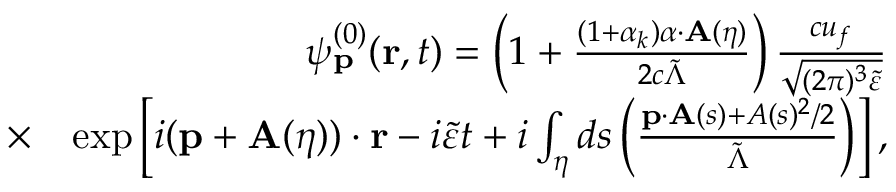
\begin{array} { r l r } & { } & { \psi _ { \mathbf { p } } ^ { ( 0 ) } ( \mathbf { r } , t ) = \left( 1 + \frac { ( 1 + \alpha _ { k } ) { \boldsymbol \alpha } \cdot \mathbf { A } ( \eta ) } { 2 c \tilde { \Lambda } } \right) \frac { c u _ { f } } { \sqrt { ( 2 \pi ) ^ { 3 } \tilde { \varepsilon } } } } \\ & { \times } & { \exp \left[ i ( \mathbf { p } + \mathbf { A } ( \eta ) ) \cdot \mathbf { r } - i \tilde { \varepsilon } t + i \int _ { \eta } d s \left( \frac { \mathbf { p } \cdot \mathbf { A } ( s ) + A ( s ) ^ { 2 } / 2 } { \tilde { \Lambda } } \right) \right] , } \end{array}